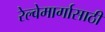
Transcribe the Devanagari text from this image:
रेल्वेमार्गासाठी